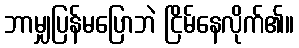
ဘာမျှပြန်မပြောဘဲ ငြိမ်နေလိုက်၏။